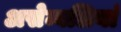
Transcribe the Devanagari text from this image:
असेम्बलियां